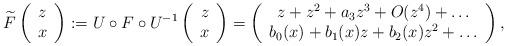
LaTeX: \begin{align*}\widetilde{F} \left( \begin{array}{c} z \\ x \end{array}\right) := U\circ F\circ U^{-1} \left( \begin{array}{c} z \\ x \end{array}\right)= \left( \begin{array}{c} z+z^2+a_3 z^3 + O(z^4) +\dots\\ b_0(x) + b_1(x) z + b_2(x) z^2 + \dots \end{array}\right),\end{align*}